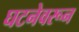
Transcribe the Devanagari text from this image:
घटनेवरून